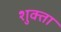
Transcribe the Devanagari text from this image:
शुक्ता